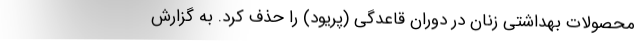
محصولات بهداشتی زنان در دوران قاعدگی (پریود) را حذف کرد. به گزارش